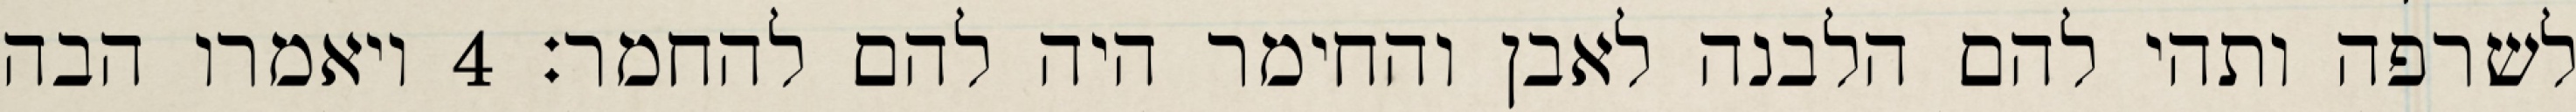
לשרפה ותהי להם הלבנה לאבן והחימר היה להם להחמר׃ ‎4‏ ויאמרו הבה